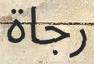
رجاة